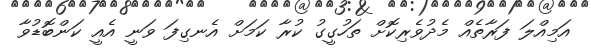
އަމިއްލަ ފަރާތެއް މެދުވެރިކޮށް ތަހުގީގު ކުރާ ކަމަށް އެނގިފަ ވަނީ އެއީ ކަންބޮޑުވާ